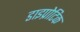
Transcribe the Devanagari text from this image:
डाइप्रोटिक